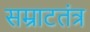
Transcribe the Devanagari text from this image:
सम्राटतंत्र